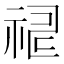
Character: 𥙸